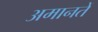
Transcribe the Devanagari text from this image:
अमानतें